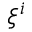
\xi ^ { i }